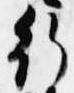
行